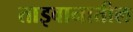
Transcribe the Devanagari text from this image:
ताइवानातील